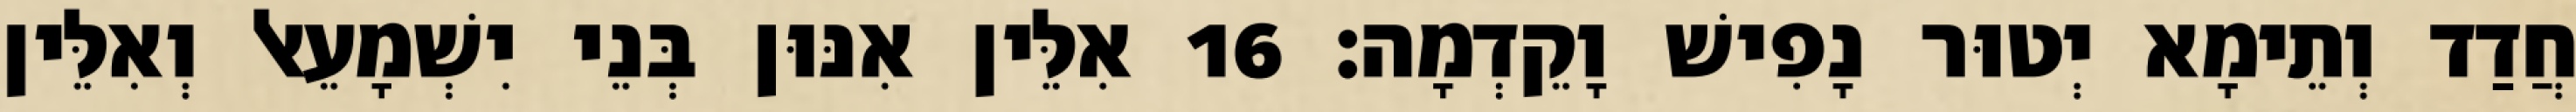
חֲדַד וְתֵימָא יְטוּר נָפִישׁ וָקֵדְמָה׃ 16 אִלֵּין אִנּוּן בְּנֵי יִשְׁמָעֵאל וְאִלֵּין